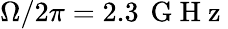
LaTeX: \Omega/2\pi=2.3\, \mathrm{~G~H~z~}